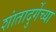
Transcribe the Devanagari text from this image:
शांतादुर्गेच्या